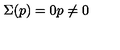
\Sigma ( p ) = 0 p \not = 0